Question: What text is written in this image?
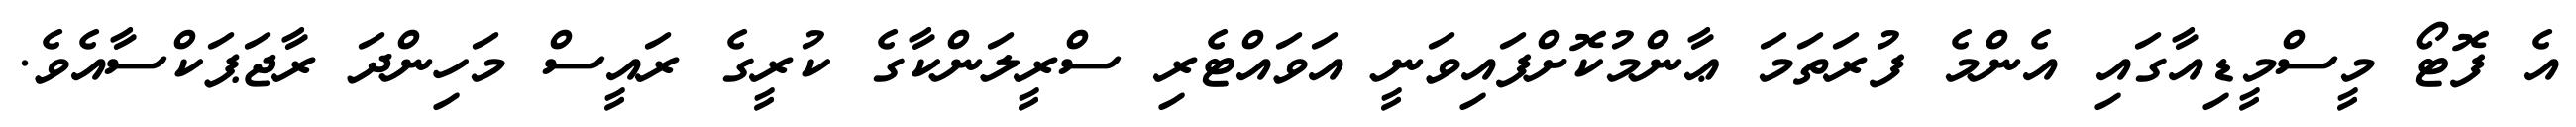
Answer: އެ ފޮޓޯ މީސްމީޑިއާގައި އެންމެ ފުރަތަމަ ޢާންމުކޮށްފައިވަނީ އަވައްޓެރި ސްރީލަންކާގެ ކުރީގެ ރައީސް މަހިންދަ ރާޖަޕަކްސާއެވެ.